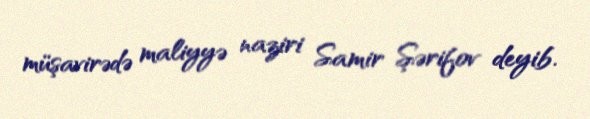
müşavirədə maliyyə naziri Samir Şərifov deyib.